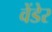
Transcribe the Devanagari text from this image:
वेंडेर